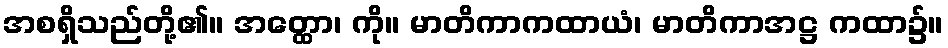
အစရှိသည်တို့၏။ အတ္ထော၊ ကို။ မာတိကာကထာယံ၊ မာတိကာအဋ္ဌ ကထာ၌။